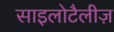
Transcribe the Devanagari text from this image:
साइलोटैलीज़